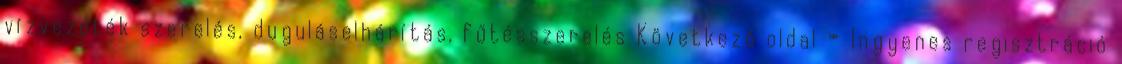
vízvezeték szerelés, duguláselhárítás, fűtésszerelés Következő oldal » Ingyenes regisztráció